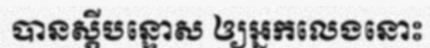
បានស្តីបន្ទោស ឲ្យអ្នកលេងនោះ